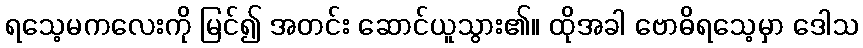
ရသေ့မကလေးကို မြင်၍ အတင်း ဆောင်ယူသွား၏။ ထိုအခါ ဗောဓိရသေ့မှာ ဒေါသ